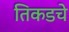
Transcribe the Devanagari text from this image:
तिकडचे